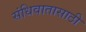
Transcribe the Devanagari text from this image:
संधिवातासाठी